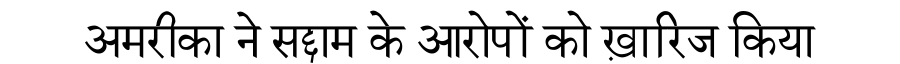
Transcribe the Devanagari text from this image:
अमरीका ने सद्दाम के आरोपों को ख़ारिज किया